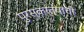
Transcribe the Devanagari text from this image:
पुरस्कर्त्यांची